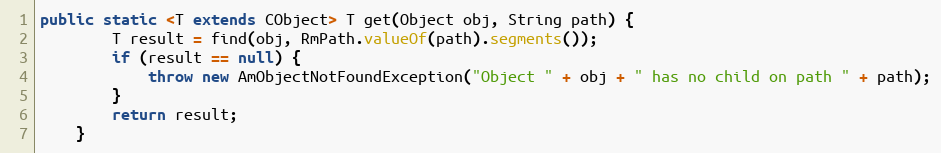
Language: Java
public static <T extends CObject> T get(Object obj, String path) {
        T result = find(obj, RmPath.valueOf(path).segments());
        if (result == null) {
            throw new AmObjectNotFoundException("Object " + obj + " has no child on path " + path);
        }
        return result;
    }